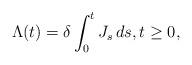
LaTeX: \begin{align*}\Lambda(t)=\delta \int_0^t J_s\,ds,t\ge 0,\end{align*}